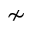
\nsim